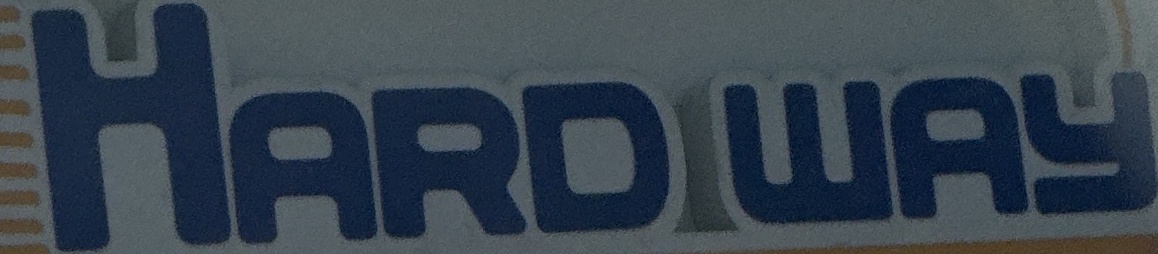
HARDWAY